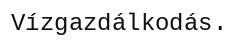
Vízgazdálkodás.